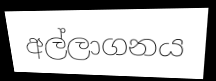
අල්ලාගනය